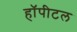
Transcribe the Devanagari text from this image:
हॉपीटल